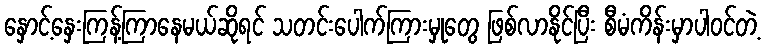
နှောင့်နှေးကြန့်ကြာနေမယ်ဆိုရင် သတင်းပေါက်ကြားမှုတွေ ဖြစ်လာနိုင်ပြီး စီမံကိန်းမှာပါဝင်တဲ့